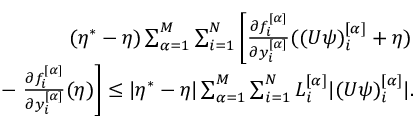
\begin{array} { r } { ( \eta ^ { * } - \eta ) \sum _ { \alpha = 1 } ^ { M } \sum _ { i = 1 } ^ { N } \left[ \frac { \partial f _ { i } ^ { [ \alpha ] } } { \partial y _ { i } ^ { [ \alpha ] } } ( ( U \psi ) _ { i } ^ { [ \alpha ] } + \eta ) \right. } \\ { - \left. \frac { \partial f _ { i } ^ { [ \alpha ] } } { \partial y _ { i } ^ { [ \alpha ] } } ( \eta ) \right] \leq | \eta ^ { * } - \eta | \sum _ { \alpha = 1 } ^ { M } \sum _ { i = 1 } ^ { N } L _ { i } ^ { [ \alpha ] } | ( U \psi ) _ { i } ^ { [ \alpha ] } | . } \end{array}